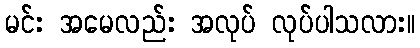
မင်း အမေလည်း အလုပ် လုပ်ပါသလား။